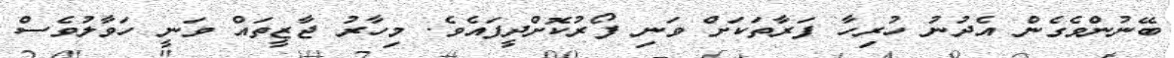
ބޭނުންވެގެން އެދުނު ހުރިހާ ފަރާތަކަށް ވަނި ފޯރުކޮށްދީފައެވެ. މިހާރު ޖާޒީތައް ވަނީ ހަވާލުވެސް